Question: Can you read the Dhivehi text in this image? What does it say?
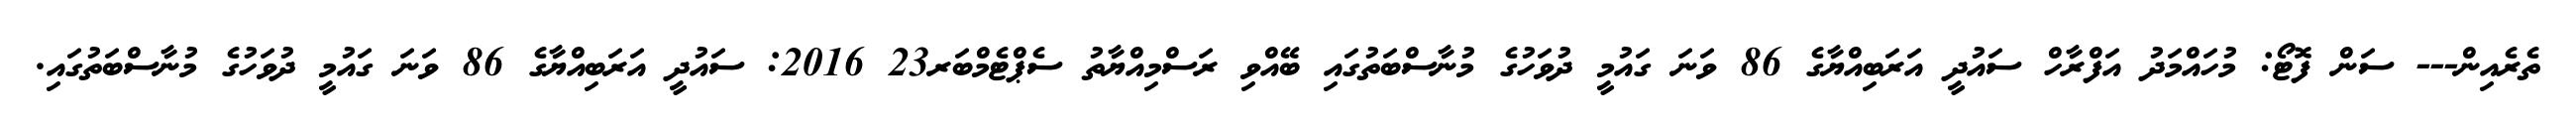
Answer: ތެރެއިން--- ސަން ފޮޓޯ: މުހައްމަދު އަފްރާހް ސައުދީ އަރަބިއްޔާގެ 86 ވަނަ ގައުމީ ދުވަހުގެ މުނާސްބަތުގައި ބޭއްވި ރަސްމިއްޔާތު ސެޕްޓެމްބަރ23 2016: ސައުދީ އަރަބިއްޔާގެ 86 ވަނަ ގައުމީ ދުވަހުގެ މުނާސްބަތުގައި.